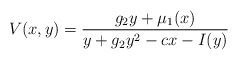
\begin{align*}V(x,y) = \frac{g_2y+\mu_1(x)}{y+g_2y^2-cx-I(y)}\end{align*}